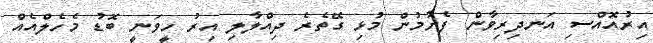
އިރުއޮއްސި އަނދިރިވާން ފެށުމުން މުޅި ގޭތެރެ ދިއްލާލި އިރު ހީވަނީ ބޮޑު މެހެލްއެއް